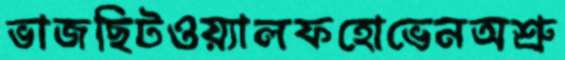
ভাজছিটওয়্যালফহোভেনঅশ্রু